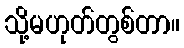
သို့မဟုတ်တွစ်တာ။